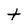
Character: t